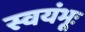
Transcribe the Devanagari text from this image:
स्वयंभूः